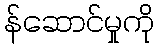
န်ဆောင်မှုကို